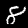
Label: 8